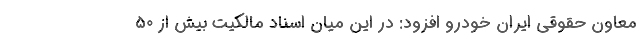
معاون حقوقی ایران خودرو افزود: در این میان اسناد مالکیت بیش از ۵۰